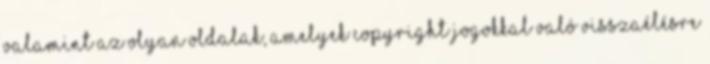
valamint az olyan oldalak, amelyek copyright jogokkal való visszaélésre